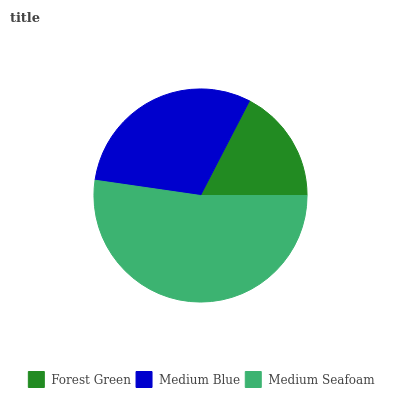
| Forest Green | Medium Blue | Medium Seafoam |
 | --- | --- | --- |
 | 17.4% | 30.3% | 52.4% |